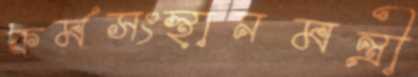
কর্মসংস্থানমন্ত্রী